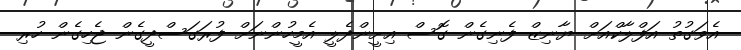
އެވަގުތު އަފްލާކްއަށް ޔާނިޒް ފެނިގެން ގޮސް އިށީންދެލީ އެމީހުންނަށް ފުރަގަސްދީގެން ޖެހިގެން ހުރި